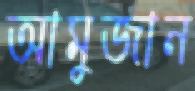
আমুজান